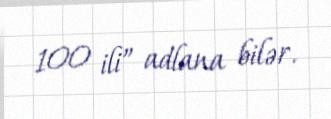
100 ili” adlana bilər.